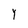
Character: l